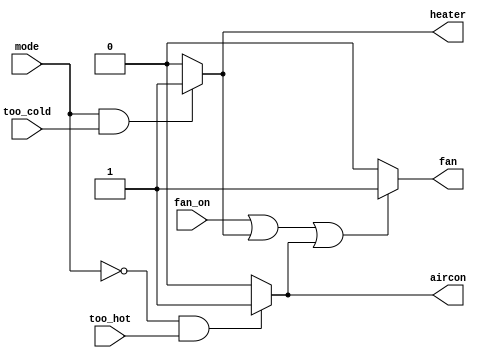
module top_module (
    input too_cold,
    input too_hot,
    input mode,
    input fan_on,
    output heater,
    output aircon,
    output fan
); 
    assign heater = mode & too_cold ? 1'b1 : 1'b0; 
    assign aircon = ~mode & too_hot ? 1'b1 : 1'b0;
    assign fan = (fan_on | heater | aircon) ? 1'b1:1'b0; 

endmodule